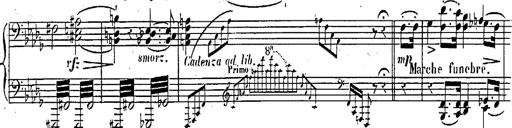
Title: Marche et Cavatine de Lucie de Lammermoor, S.398
Composer: Franz Liszt